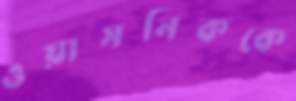
ওয়াসনিককে